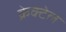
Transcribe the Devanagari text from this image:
क्नेक्टेल